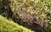
મિટન